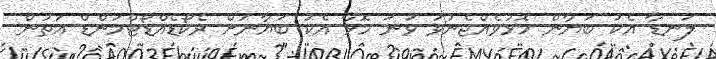
ލަނޑާ އެކު ބަޔާން މޮޅުވެއްޖެނުވަ ވަނަ މޮޅާ އެކު ބަޔާނަށް ރެކޯޑެއްޑޯޓްމަންޑް އަތުން